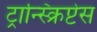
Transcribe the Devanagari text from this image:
ट्रान्स्क्रिप्टेस